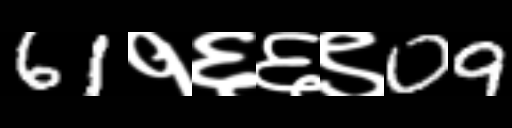
Text: 61१६६९09